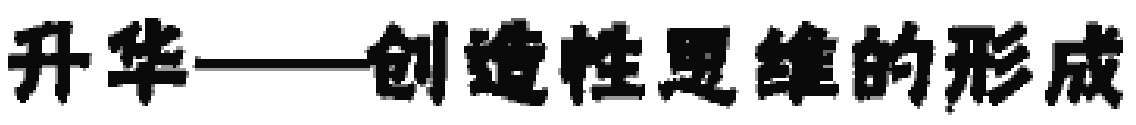
升华——创造性思维的形成